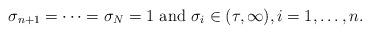
LaTeX: \begin{align*} \sigma_{n+1} = \cdots = \sigma_{N} = 1 \ \mathrm{and} \ \sigma_i \in (\tau,\infty), i= 1, \ldots, n. \end{align*}